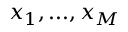
x _ { 1 } , . . . , x _ { M }